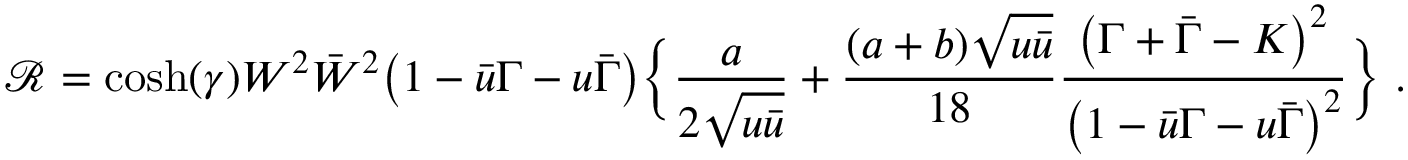
\mathcal R = \cosh ( { \gamma } ) W ^ { 2 } \Bar { W } ^ { 2 } \big ( 1 - \Bar { u } \Gamma - u \Bar { \Gamma } \big ) \bigg \{ \frac { a } { 2 \sqrt { u \Bar { u } } } + \frac { ( a + b ) \sqrt { u \Bar { u } } } { 1 8 } \frac { \big ( \Gamma + \Bar { \Gamma } - K \big ) ^ { 2 } } { \big ( 1 - \Bar { u } \Gamma - u \Bar { \Gamma } \big ) ^ { 2 } } \bigg \} ~ .